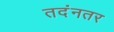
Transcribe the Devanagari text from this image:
तदंनतर